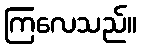
ကြလေသည်။